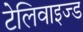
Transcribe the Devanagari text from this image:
टेलिवाइज्ड